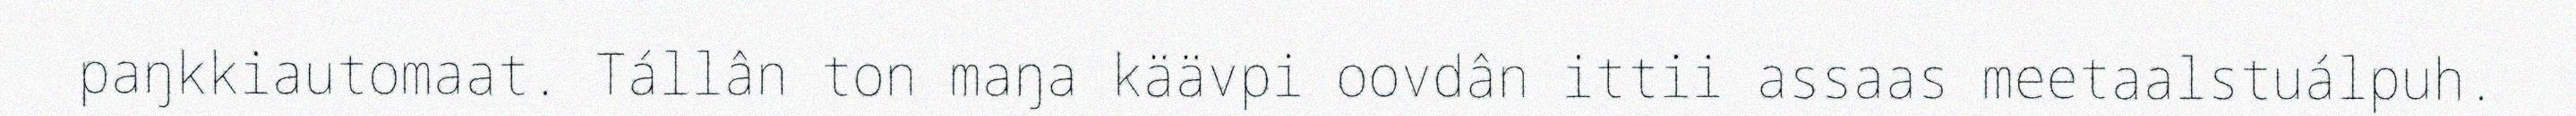
paŋkkiautomaat. Tállân ton maŋa käävpi oovdân ittii assaas meetaalstuálpuh.